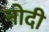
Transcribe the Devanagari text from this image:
नोदी